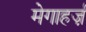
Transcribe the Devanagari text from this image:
मेगाहर्ज़